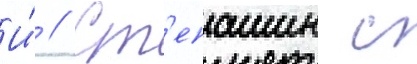
И́ // Ст'епашин с